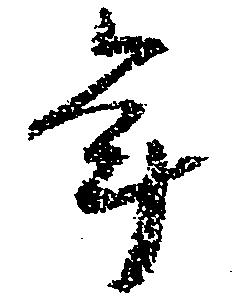
年